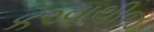
કરવાથીજ